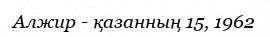
Алжир - қазанның 15, 1962